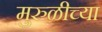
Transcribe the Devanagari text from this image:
मुरुळीच्या